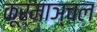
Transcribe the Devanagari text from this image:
कूर्माञ्चल